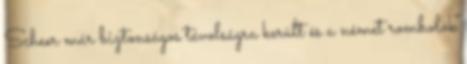
Scheer már biztonságos távolságra került és a német rombolók